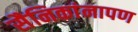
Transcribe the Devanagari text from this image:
सैनिकांनापण